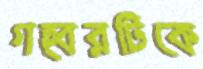
গহ্বরটিকে